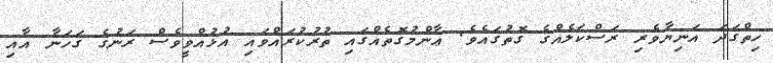
ހިތްގަދަ އަނިޔާވެރި ރަސްކަލެއްގެ ގޮތުގައެވެ. ޢާންމުގޮތެއްގައި ތުރުކުރައްވައި އުޅުއްވީވެސް ރަނުގެ ގަހަނާ އާއި